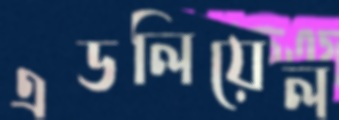
এডলিয়েল